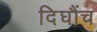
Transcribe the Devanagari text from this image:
दिघौंच